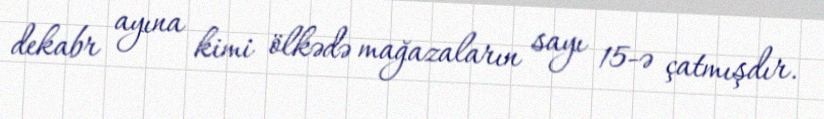
dekabr ayına kimi ölkədə mağazaların sayı 15-ə çatmışdır.